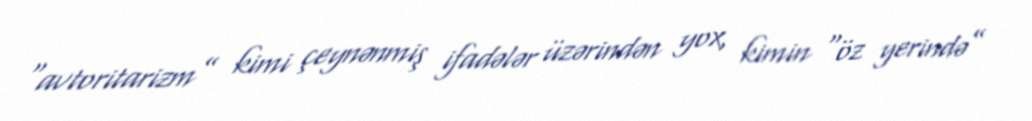
“avtoritarizm” kimi çeynənmiş ifadələr üzərindən yox, kimin “öz yerində”